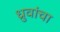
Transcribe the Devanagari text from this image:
ध्रुवांचा